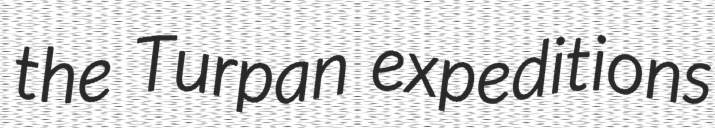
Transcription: the Turpan expeditions